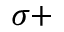
\sigma +